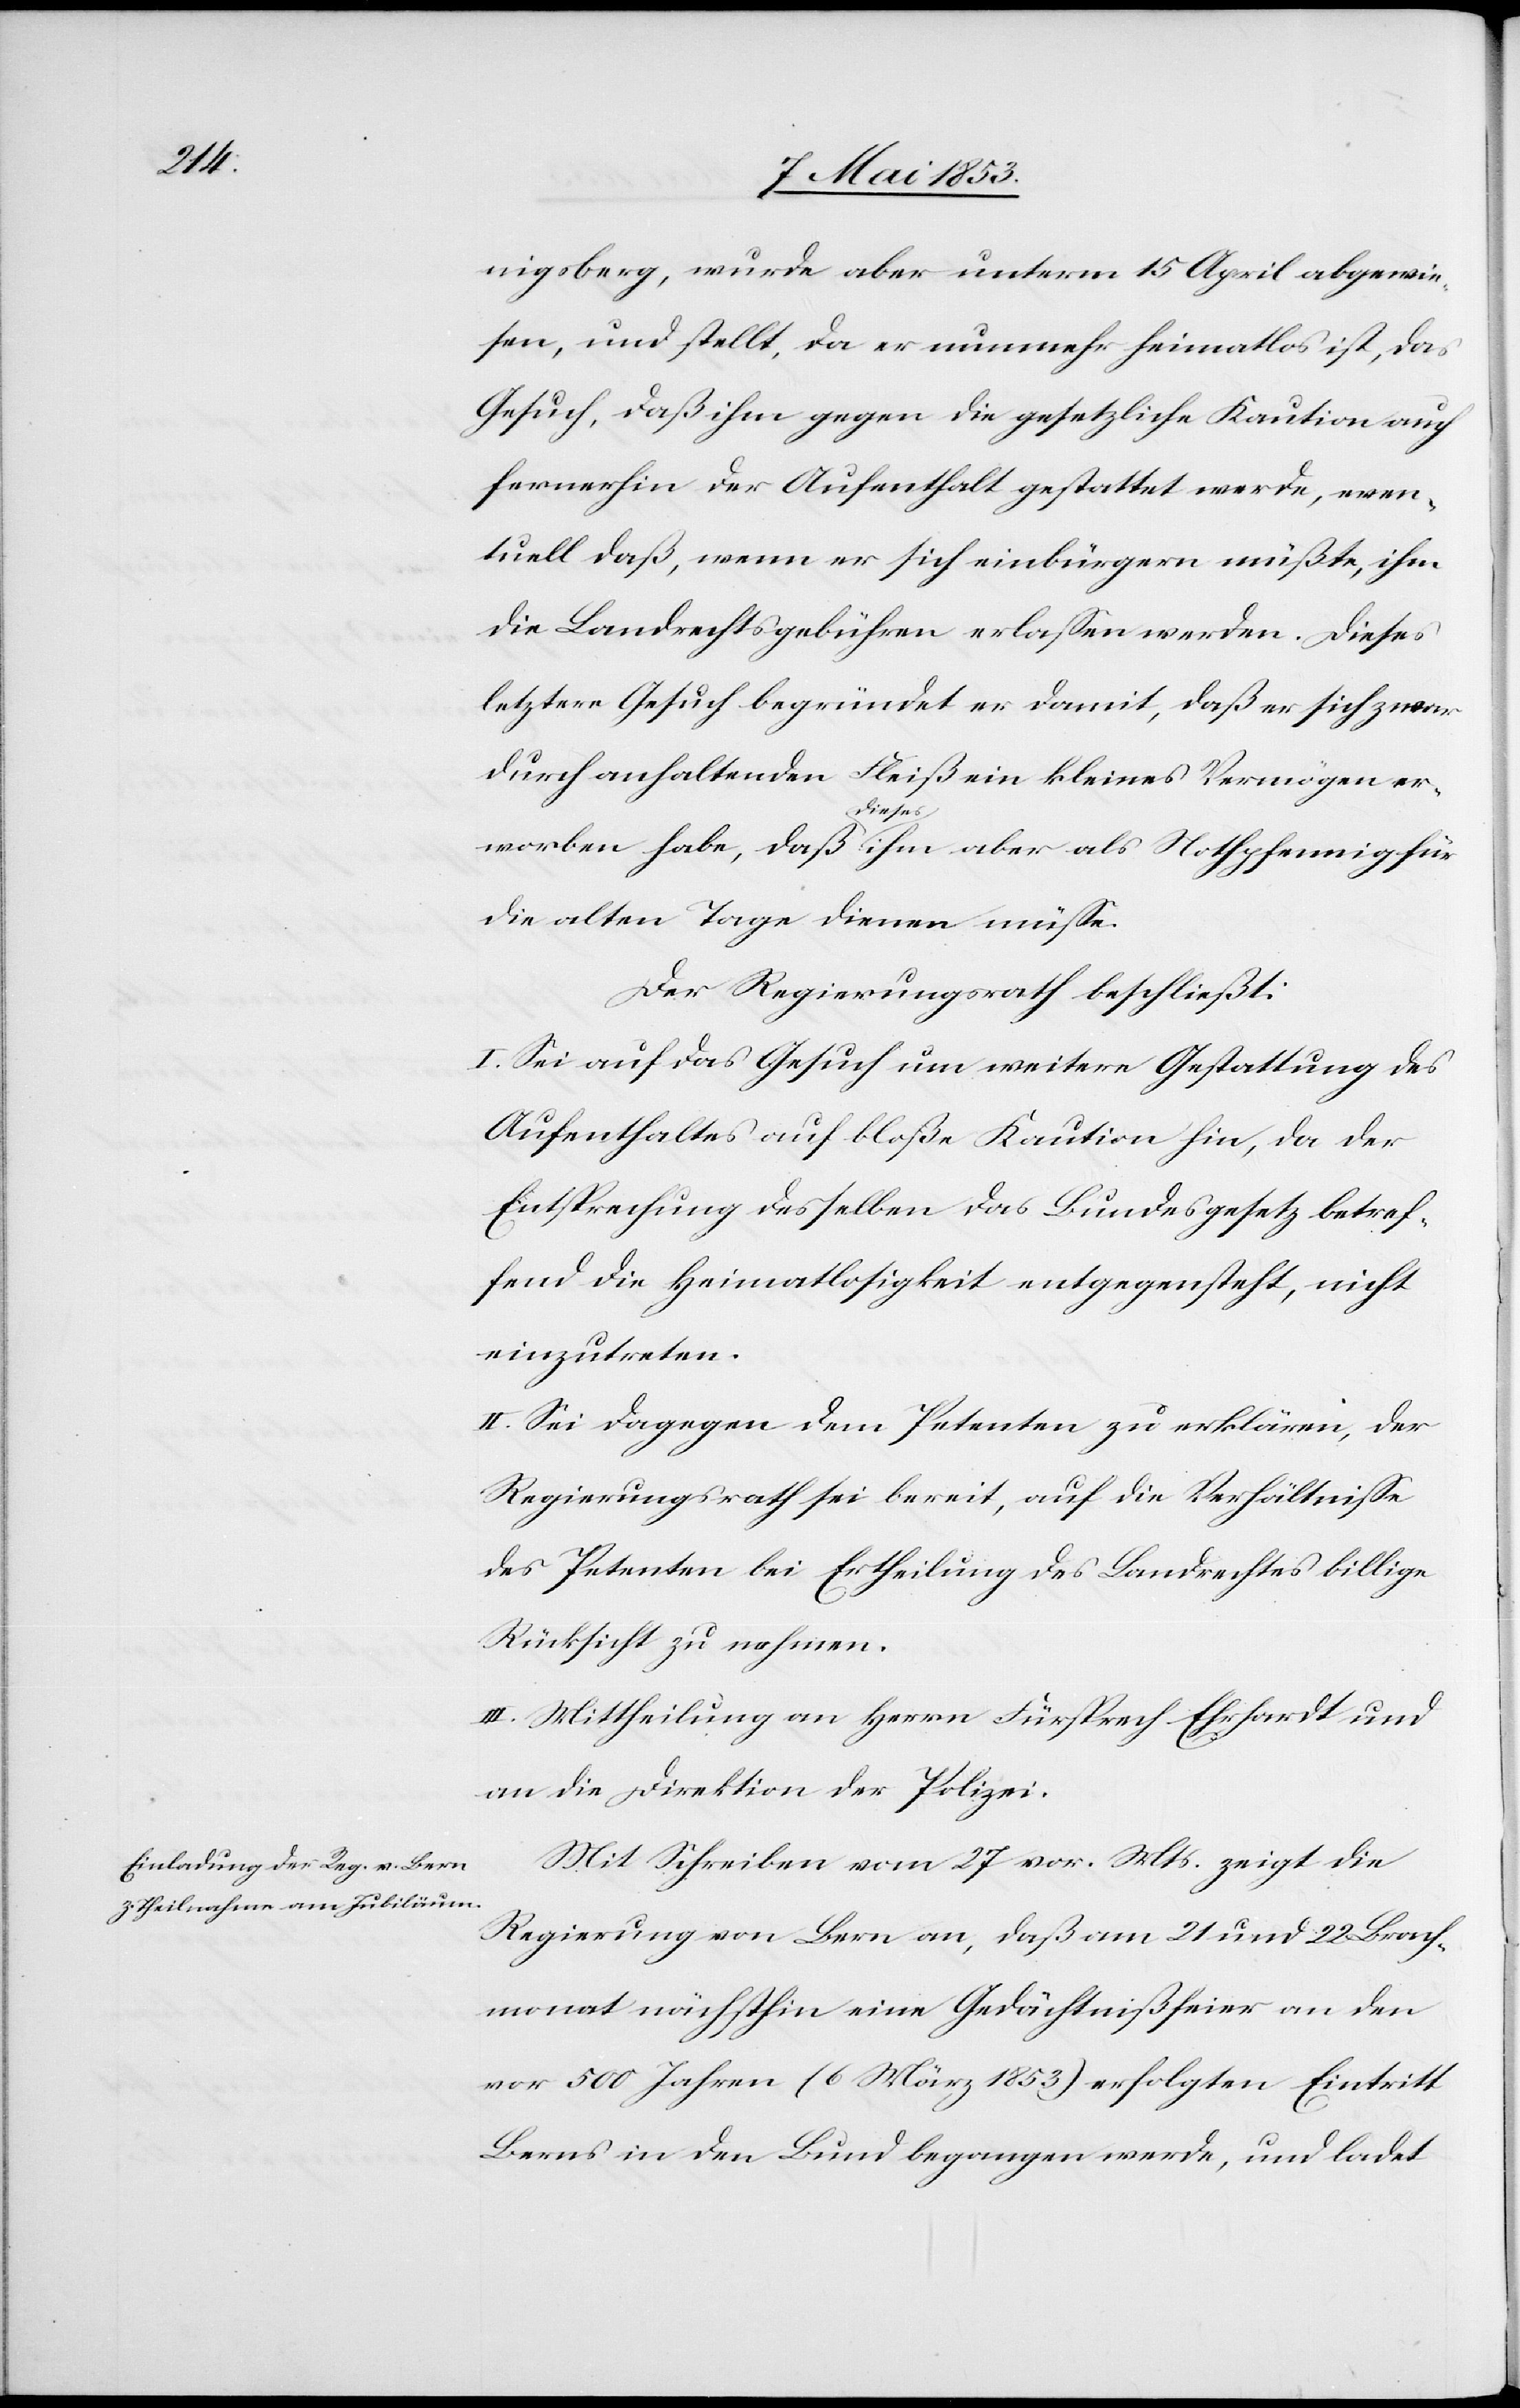
nigsburg, wurde aber unterm 15 April abgewie¬
sen, und stellt, da er nunmehr heimatlos ist, das
Gesuch, daß ihm gegen die gesetzliche Kaution auch
fernerhin der Aufenthalt gestattet werde, even¬
tuell daß, wenn er sich einbürgern müßte, ihm
die Landrechtsgebühren erlaßen werden. Dieses
letztere Gesuch begründet er damit, daß er sich zwar
durch anhaltenden Fleiß ein kleines Vermögen er¬
worben habe, daß dieses ihm aber als Nothpfennig für
die alten Tage dienen müße.
Der Regierungsrath beschließt:
I. Sei auf das Gesuch um weitere Gestattung des
Aufenthaltes auf bloße Kaution hin, da der
Entsprechung desselben das Bundesgesetzes betref¬
fend die Heimatlosigkeit entgegensteht, nicht
einzutreten.
II. Sei dagegen dem Petenten zu erklären, der
Regierungsrath sei bereit, auf die Verhältniße
des Petenten bei Ertheilung des Landrechtes billige
Rücksicht zu nehmen.
III. Mittheilung an Herrn Fürsprech Ehrhardt und
an die Direktion der Polizei.
Mit Schreiben vom 27 vor. Mts. zeigt die
Regierung von Bern an, daß am 21 und 22 Brach¬
monat nächsthin eine Gedächtnißfeier an den
vor 500 Jahren (6 März 1853) erfolgten Eintritt
Berns in den Bund begangen werde, und ladet